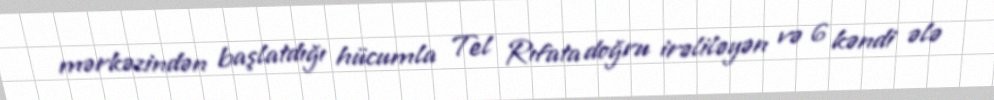
mərkəzindən başlatdığı hücumla Tel Rıfata doğru irəliləyən və 6 kəndi ələ